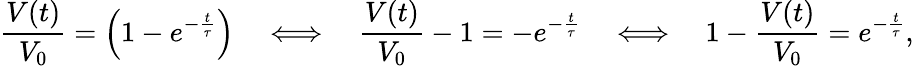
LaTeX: {\frac{V(t)}{V_{0}}}=\left(1-e^{-{\frac{t}{\tau}}}\right)\quad\Longleftrightarrow\quad{\frac{V(t)}{V_{0}}}-1=-e^{-{\frac{t}{\tau}}}\quad\Longleftrightarrow\quad 1-{\frac{V(t)}{V_{0}}}=e^{-{\frac{t}{\tau}}},